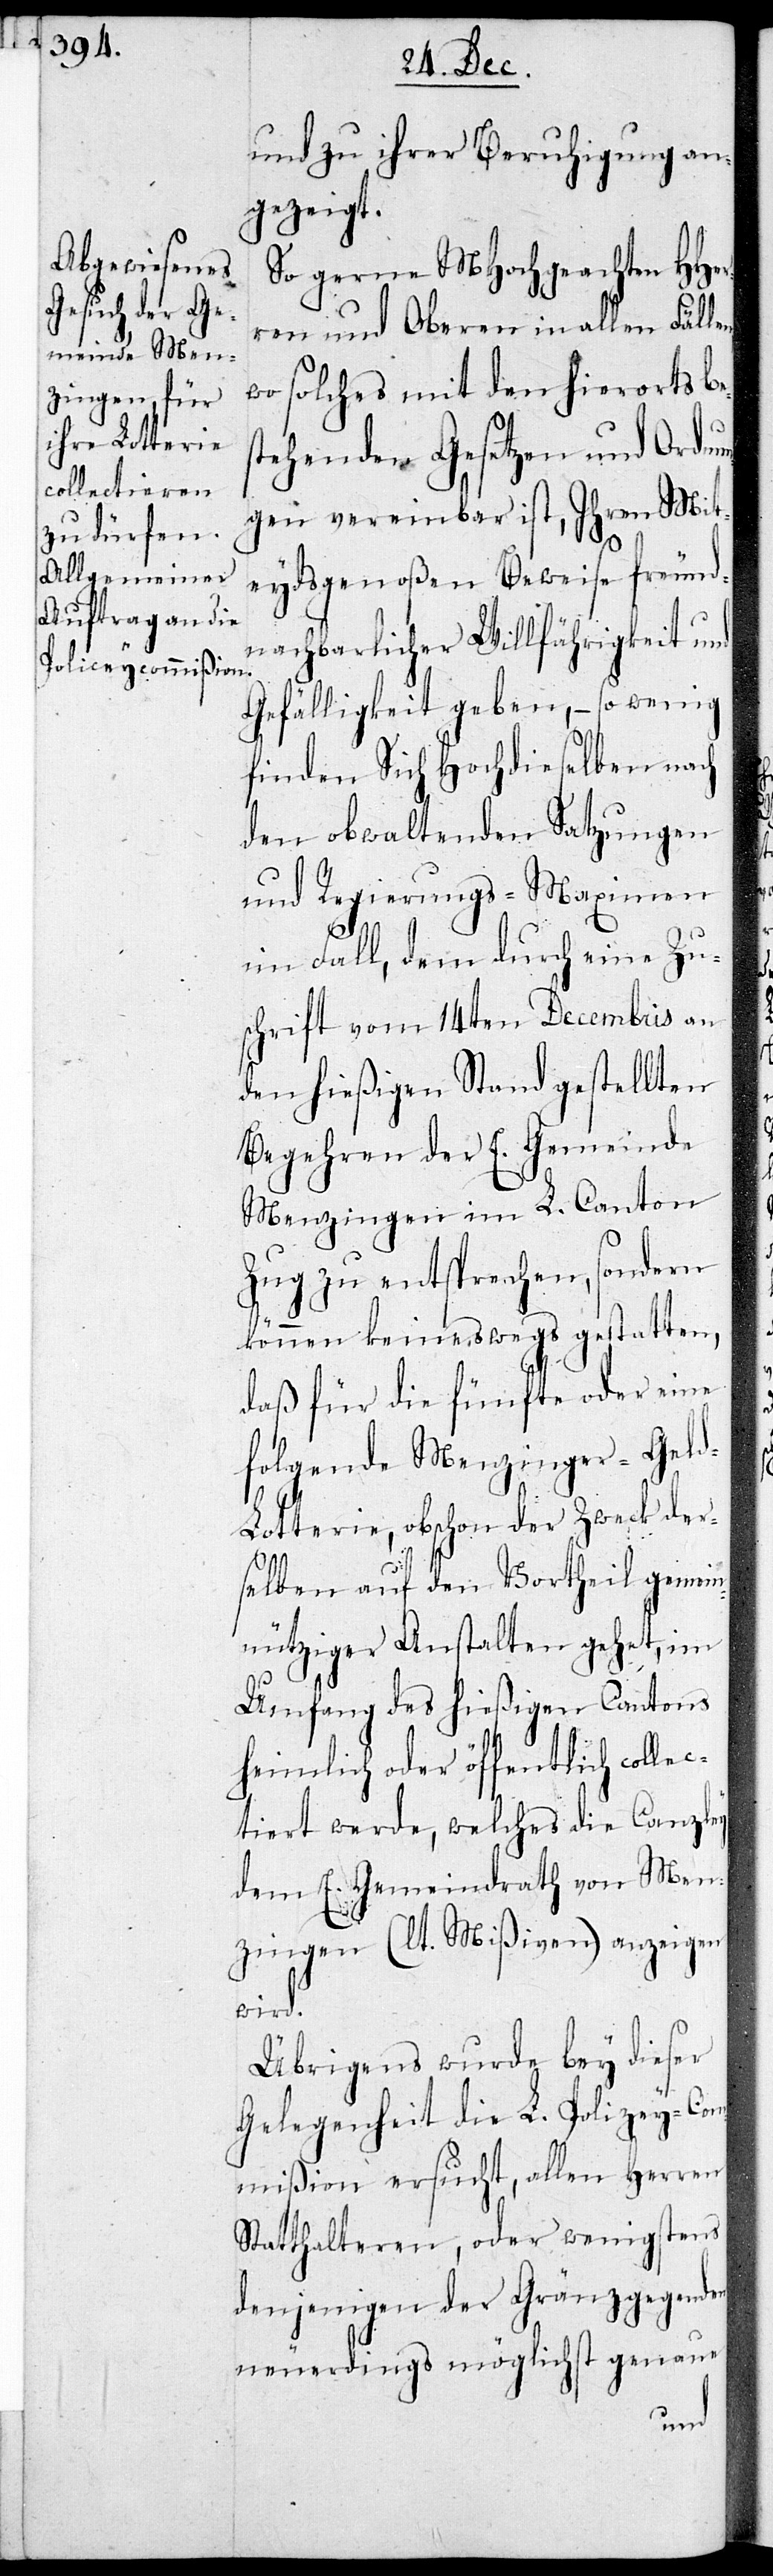
und zu ihrer Beruhigung an¬
gezeigt.
So gerne MHochgeachten HHer¬
ren und Oberen in allen Fälle¬
wo solches mit den hierorts be¬
stehenden Gesetzen und Ordnu¬
ngen vereinbar ist, Ihren Mit¬
eydsgenoßen Beweise freund¬
nachbarlicher Willfährigkeit und
Gefälligkeit geben, – so wenig
finden Sich Hochdieselben nach
den obwaltenden Satzungen
und Regierungs-Maximen
im Fall, dem durch eine Zu¬
schrift vom 14ten Decembris an
den hießigen Stand gestellten
Begehren der E. Gemeinde
Menzingen im L. Canton
Zug zu entsprechen, sondern
können keineswegs gestatten,
daß für die fünfte oder eine
folgende Menzinger-Geld-L¬
otterie, obschon der Zweck der¬
selben auf den Vortheil gemein¬
nütziger Anstalten gehet, im
Umfang des hießigen Cantons
heimlich oder öffentlich collec¬
iert werde, welches die Canzley
dem E. Gemeindrath von Men¬
zingen (lt. Mißiven) anzeigen
wird.
Übrigens wurde bey dieser
Gelegenheit die L. Polizey-Com¬
mißion ersucht, allen Herren
Statthalteren, oder wenigstens
denjenigen, der Gränzgegenden
neuerdings möglichst genaue
n,